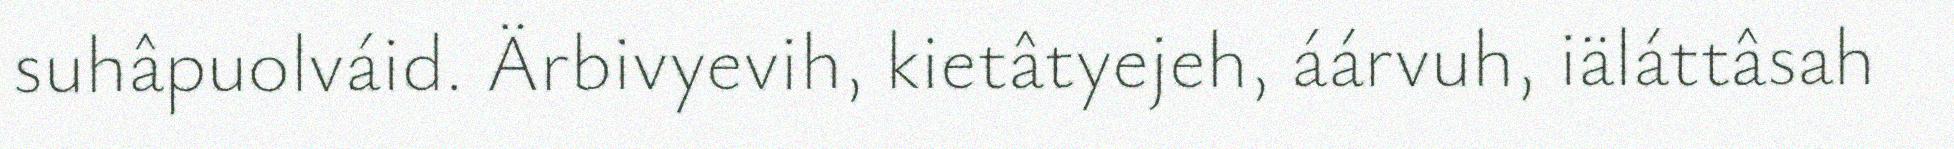
suhâpuolváid. Ärbivyevih, kietâtyejeh, áárvuh, iäláttâsah